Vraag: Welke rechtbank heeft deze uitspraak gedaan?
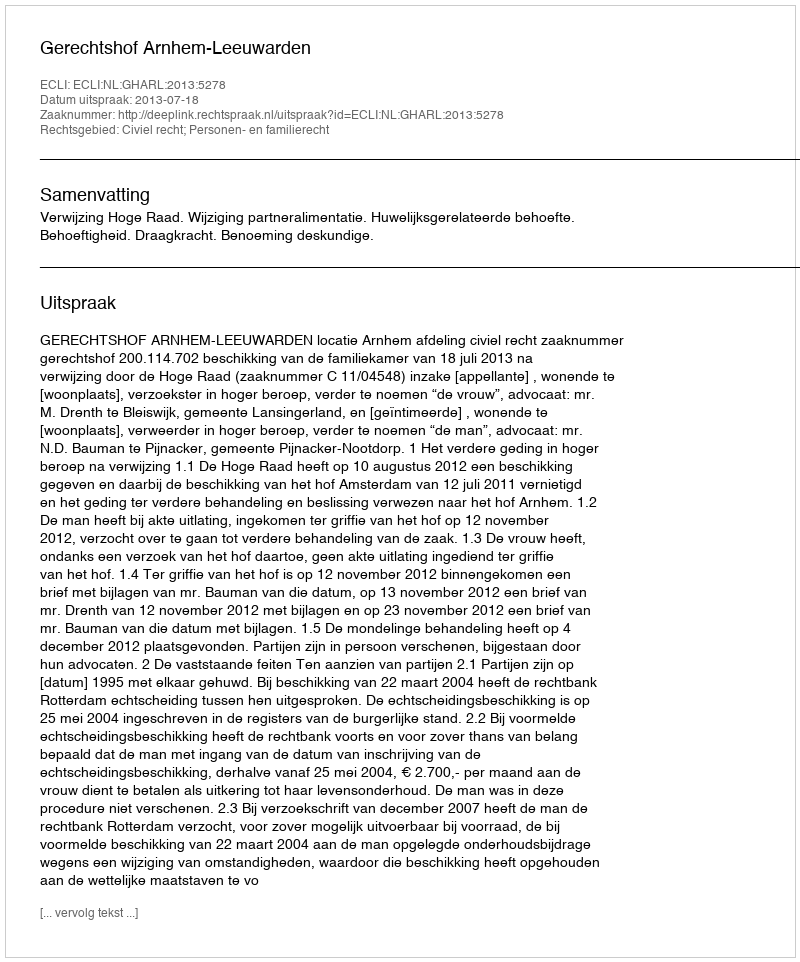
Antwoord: Gerechtshof Arnhem-Leeuwarden